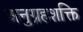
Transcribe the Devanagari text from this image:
अनुग्रहशक्ति